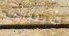
تعتبرني